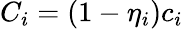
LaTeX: C_{i}=(1-\eta_{i})c_{i}